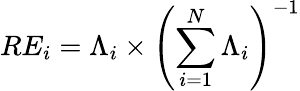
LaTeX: RE_{i}=\Lambda_{i}\times\left(\sum_{i=1}^{N}\Lambda_{i}\right)^{-1}